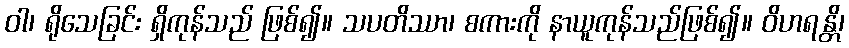
ဝါ၊ ရိုသေခြင်း ရှိကုန်သည် ဖြစ်၍။ သပတိဿာ၊ စကားကို နာယူကုန်သည်ဖြစ်၍။ ဝိဟရန္တိ၊